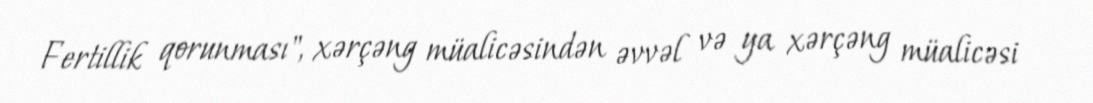
Fertillik qorunması", xərçəng müalicəsindən əvvəl və ya xərçəng müalicəsi